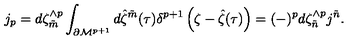
j _ { p } = d \zeta _ { \tilde { m } } ^ { \wedge p } \int _ { \partial { \cal M } ^ { p + 1 } } d { \hat { \zeta } } ^ { \tilde { m } } ( \tau ) \delta ^ { p + 1 } \left( \zeta - { \hat { \zeta } } ( \tau ) \right) = ( - ) ^ { p } d \zeta _ { \tilde { n } } ^ { \wedge p } j ^ { \tilde { n } } . \qquad